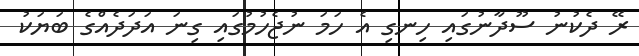
ރޭ ދެކުނު ސޫދާނުގައި ހިނގި އެ ހަމަ ނުޖެހުމުގައި ގިނަ އަދަދެއްގެ ބަޔަކު